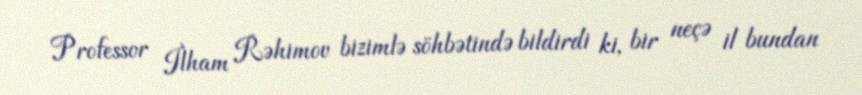
Professor İlham Rəhimov bizimlə söhbətində bildirdi ki, bir neçə il bundan